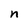
Character: n